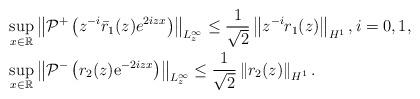
LaTeX: \begin{align*}&\sup _{x \in \mathbb{R}}\left\|\mathcal{P}^+\left(z^{-i}\bar{r}_1(z)e^{ 2iz x}\right)\right\|_{L_z^\infty} \leq\frac{1}{\sqrt{2}}\left\|z^{-i}r_1(z)\right\|_{H^1},i=0,1,\\&\sup_{x \in \mathbb{R}}\left\|\mathcal{P}^-\left(r_2(z) \mathrm{e}^{-2iz x}\right)\right\|_{L_{z}^{\infty}} \leq\frac{1}{\sqrt{2}}\left\|r_2(z)\right\|_{H^{1}}.\end{align*}